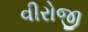
વીરોજી